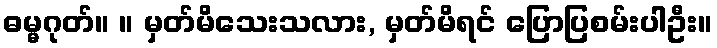
ဓမ္မဂုတ်။ ။ မှတ်မိသေးသလား, မှတ်မိရင် ပြောပြစမ်းပါဦး။